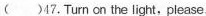
( )47.Turn on the light, please.